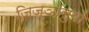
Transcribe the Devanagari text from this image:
जिज्ञासुयों